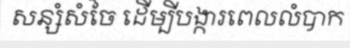
សន្សំសំចៃ ដើម្បីបង្ការពេលលំបាក